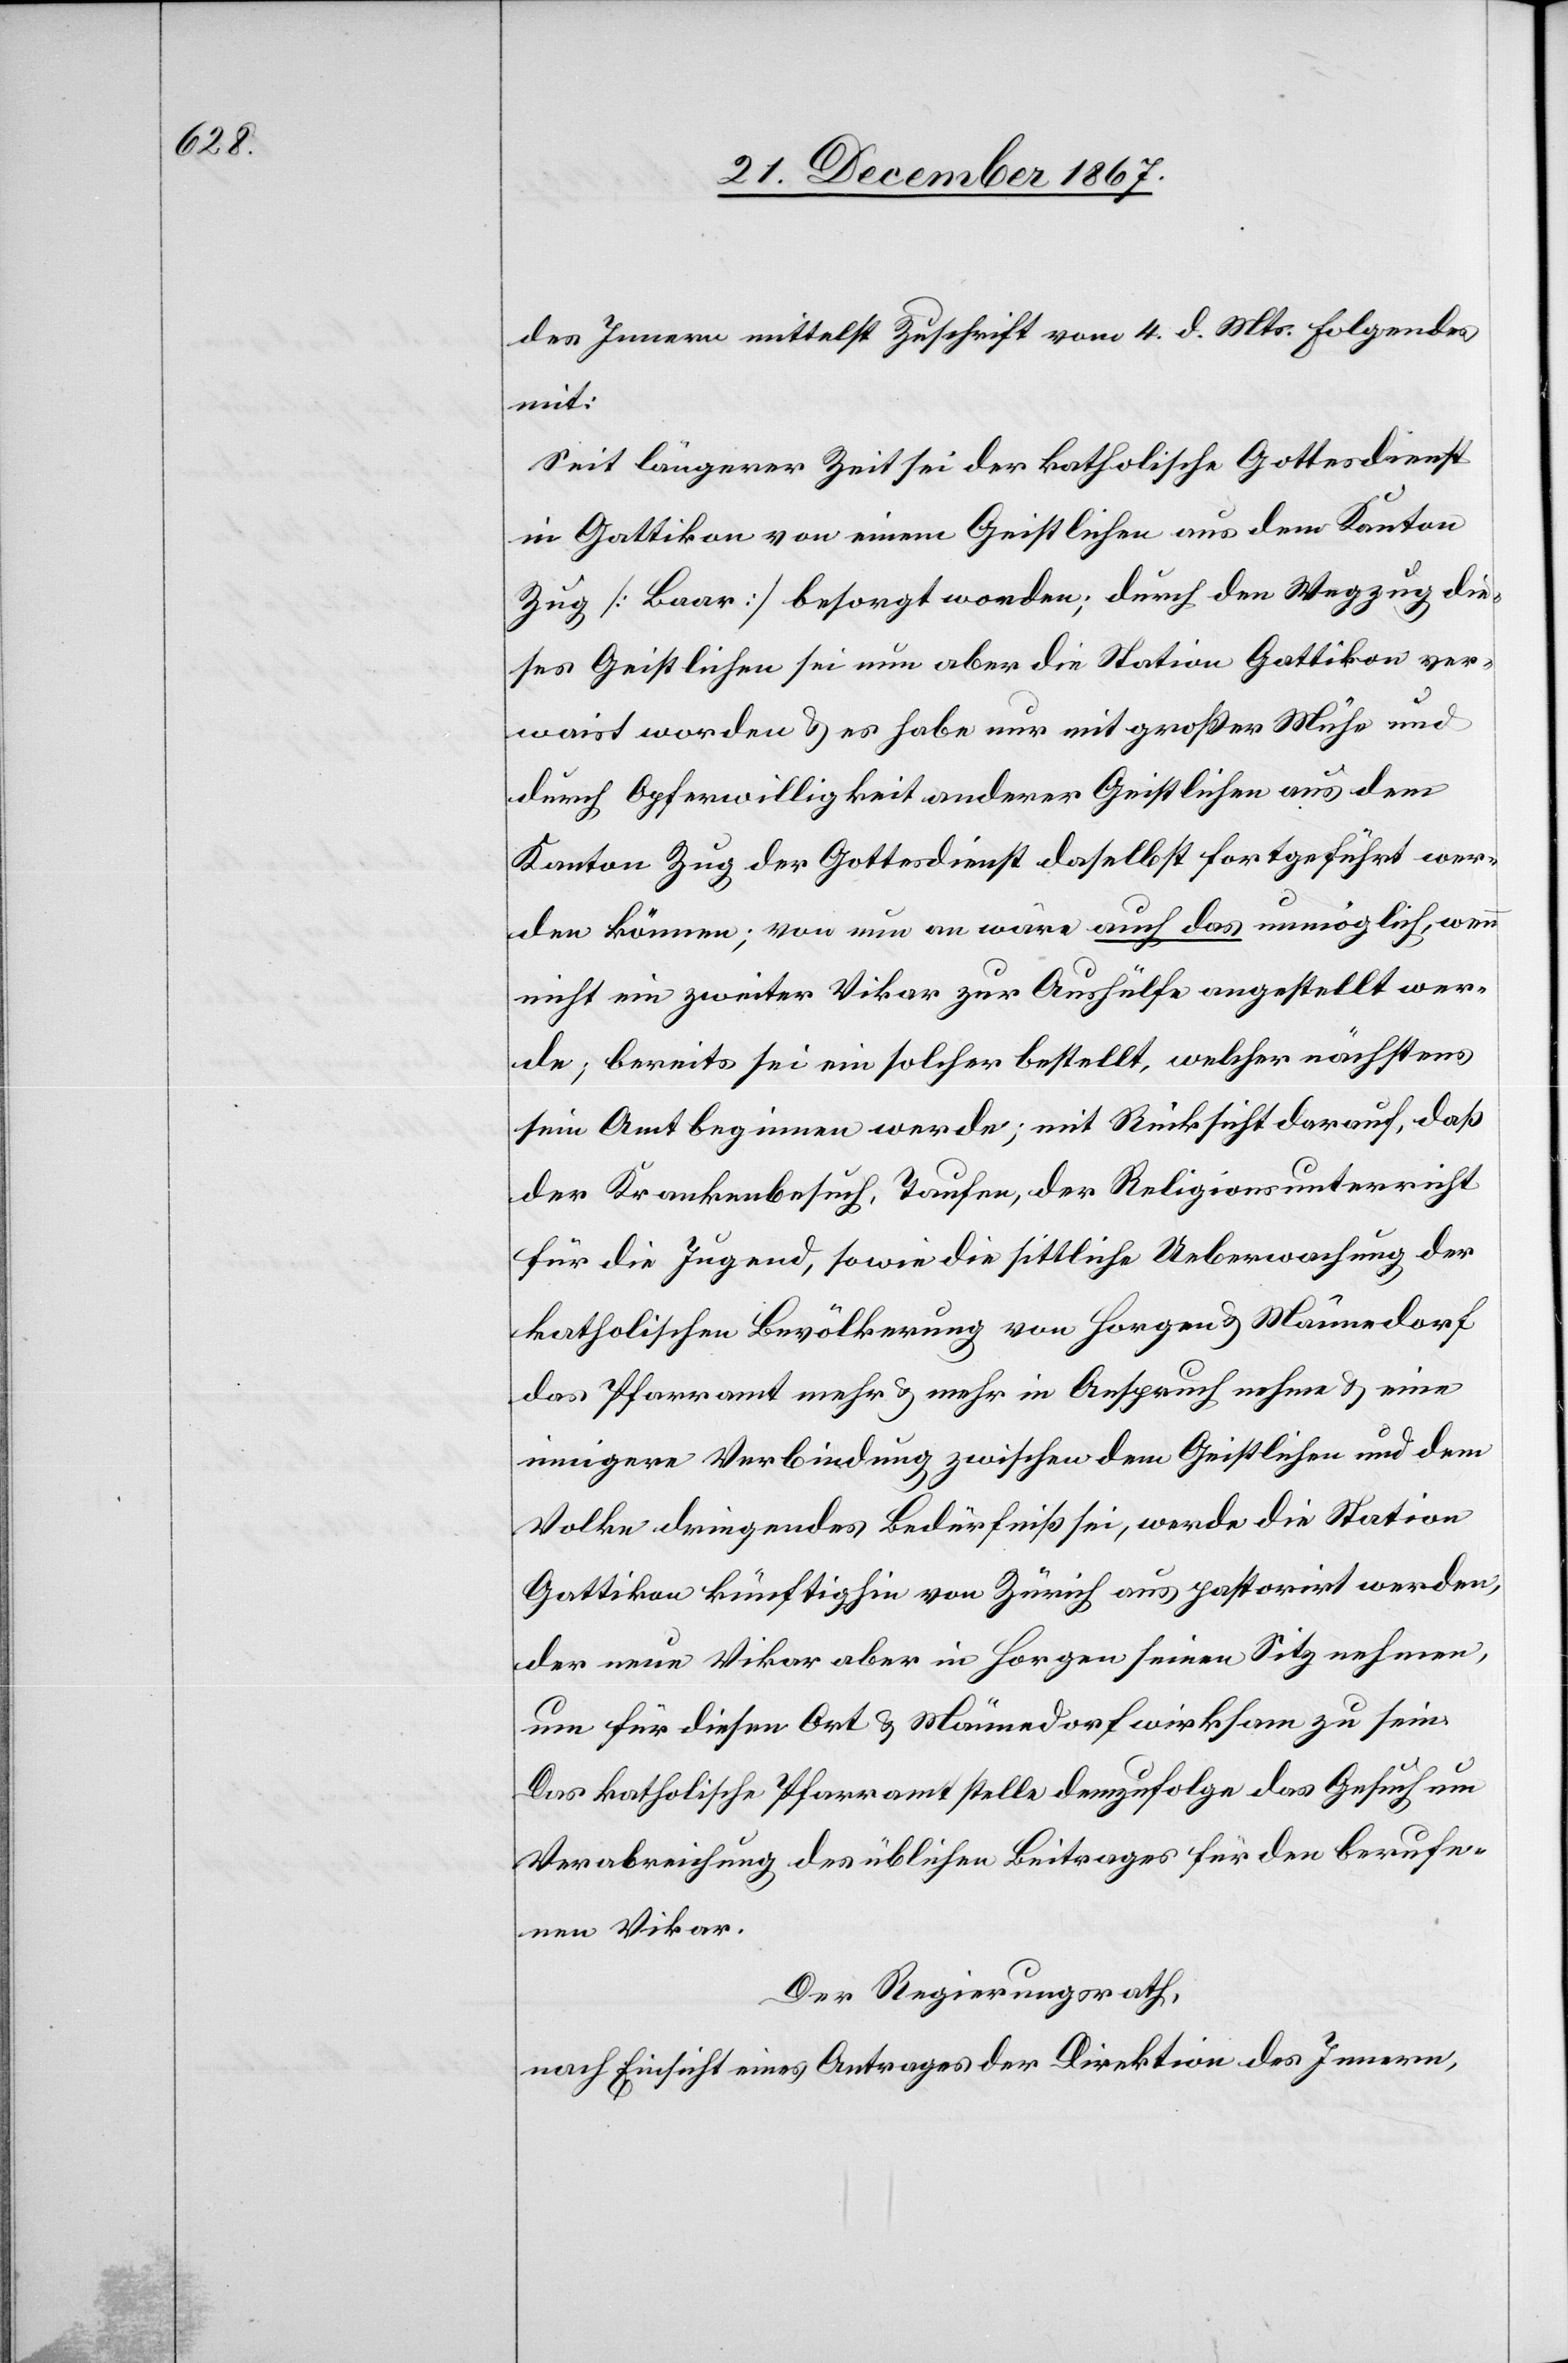
des Innern mittelst Zuschrift vom 4. d. Mts. folgendes
mit:
Seit längerer Zeit sei der katholische Gottesdienst
in Gattikon von einem Geistlichen aus dem Kanton
Zug [Baar] besorgt worden; durch den Wegzug die¬
ses Geistlichen sei nun aber die Station Gattikon ver¬
waist worden u. es habe nur mit großer Mühe und
durch Opferwilligkeit anderer Geistlichen aus dem
Kanton Zug der Gottesdienst daselbst fortgeführt wer¬
den können; von nun an wäre auch das unmöglich, wenn
nicht ein zweiter Vikar zur Aushülfe angestellt wer¬
de; bereits sei ein solcher bestellt, welcher nächstens
sein Amt beginnen werde; mit Rücksicht darauf, daß
für die Jugend, sowie die sittliche Ueberwachung der
katholischen Bevölkerung von Horgen u. Männedorf
das Pfarramt mehr u. mehr in Anspruch nehme u. eine
innigere Verbindung zwischen dem Geistlichen und dem
Volke dringendes Bedürfniß sei, werde die Station
Gattikon künftighin von Zürich aus pastorirt werden,
der neue Vikar aber in Horgen seinen Sitz nehmen,
um für diesen Ort u. Männedorf wirksam zu sein.
Das katholische Pfarramt stelle demzufolge das Gesuch um
Verabreichung des üblichen Beitrages für den berufe¬
nen Vikar.
Der Regierungsrath,
nach Einsicht eines Antrages der Direktion des Innern,